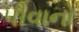
પીવાનો